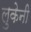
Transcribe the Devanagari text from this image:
लुकेनी